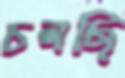
চলছি